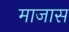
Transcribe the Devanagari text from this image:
माजास